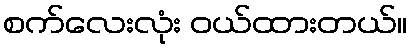
စက်လေးလုံး ဝယ်ထားတယ်။